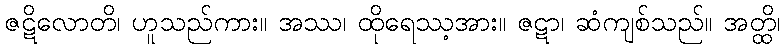
ဇဋိလောတိ၊ ဟူသည်ကား။ အဿ၊ ထိုရေဿ့အား။ ဇဋာ၊ ဆံကျစ်သည်။ အတ္ထိ၊